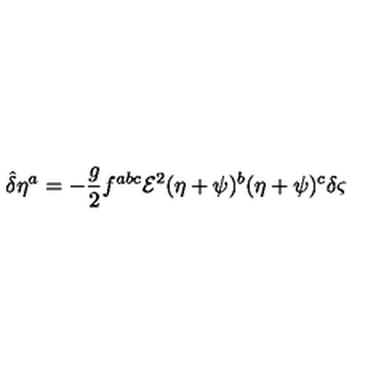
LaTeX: { \hat { \delta } } \eta ^ { a } = - \frac { g } { 2 } f ^ { a b c } { \mathcal { E } } ^ { 2 } ( \eta + \psi ) ^ { b } ( \eta + \psi ) ^ { c } \delta \varsigma